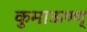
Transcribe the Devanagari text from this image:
कुमाऊण्ण्